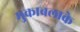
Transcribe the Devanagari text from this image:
मुकाबलाके